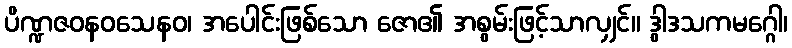
ပိဏ္ဍဇဝနဝသေနဝ၊ အပေါင်းဖြစ်သော ဇော၏ အစွမ်းဖြင့်သာလျှင်။ ဒွါဒသကမဂ္ဂေါ၊